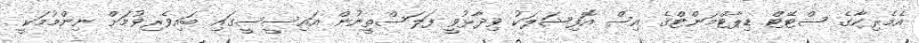
އެމެރިކާގެ ސްޓޭޓް ޑިޕާޓްމަންޓްގެ އިސް އޮފިޝަލަކު ވިދާޅުވީ ފަލަސްތީނުން އައިސީސީގައި ބައިވެރިވުމަށް ނިންމުމަކީ